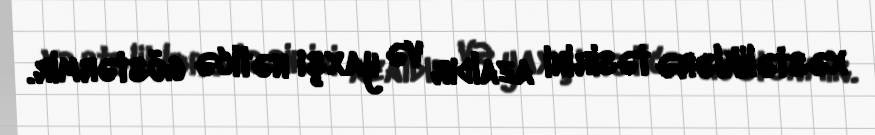
xəstəliklərə təsirini azaldır və yaxşı nəticə göstərmir.